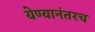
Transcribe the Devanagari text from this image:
येण्यानंतरच